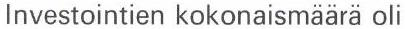
Investointien kokonaismäärä oli